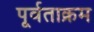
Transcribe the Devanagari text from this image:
पूर्वताक्रम